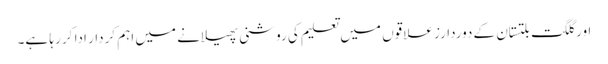
اور گلگت بلتستان کے دوردارز علاقوں میں تعلیم کی روشنی پھیلانے میں اہم کردار ادا کر رہا ہے۔